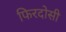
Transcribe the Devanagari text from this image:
फिरदोसी